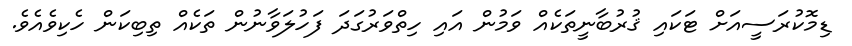
ޑިމޮކުރަސީއަށް ޓަކައި ޤުރުބާނީތަކެއް ވަމުން އައި ހިތްވަރުގަދަ ފަހުލަވާނުން ތަކެއް ތިބިކަން ހެކިވެއެވެ.